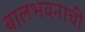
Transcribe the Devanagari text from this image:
बालभवनाची